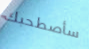
سأصطحبك